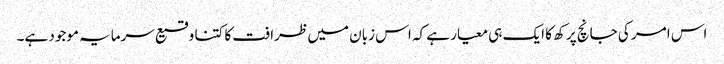
اس امر کی جانچ پرکھ کا ایک ہی معیار ہے کہ اس زبان میں ظرافت کا کتنا وقیع سرمایہ موجود ہے۔